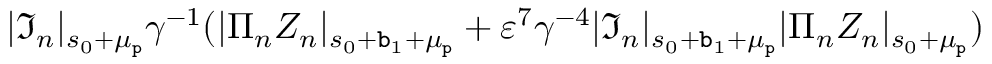
| \mathfrak { I } _ { n } | _ { s _ { 0 } + \mu _ { \mathtt { p } } } \gamma ^ { - 1 } ( | \Pi _ { n } Z _ { n } | _ { s _ { 0 } + \mathtt { b } _ { 1 } + \mu _ { \mathtt { p } } } + \varepsilon ^ { 7 } \gamma ^ { - 4 } | \mathfrak { I } _ { n } | _ { s _ { 0 } + \mathtt { b } _ { 1 } + \mu _ { \mathtt { p } } } | \Pi _ { n } Z _ { n } | _ { s _ { 0 } + \mu _ { \mathtt { p } } } )